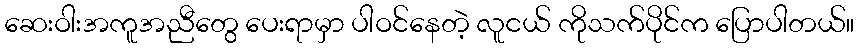
ဆေးဝါးအကူအညီတွေ ပေးရာမှာ ပါဝင်နေတဲ့ လူငယ် ကိုသက်ပိုင်က ပြောပါတယ်။